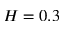
H = 0 . 3